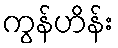
ကွန်ဟိန်း